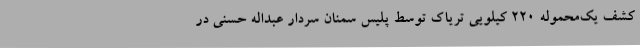
کشف یک‌محموله 220 کیلویی تریاک توسط پلیس سمنان سردار عبداله حسنی در